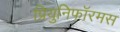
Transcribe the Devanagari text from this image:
प्रियुनिफॉरमस